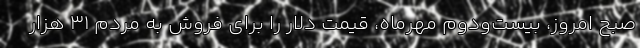
صبح امروز، بیست‌ودوم مهرماه، قیمت دلار را برای فروش به مردم ۳۱ هزار